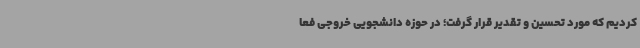
کردیم که مورد تحسین و تقدیر قرار گرفت؛ در حوزه دانشجویی خروجی فعا